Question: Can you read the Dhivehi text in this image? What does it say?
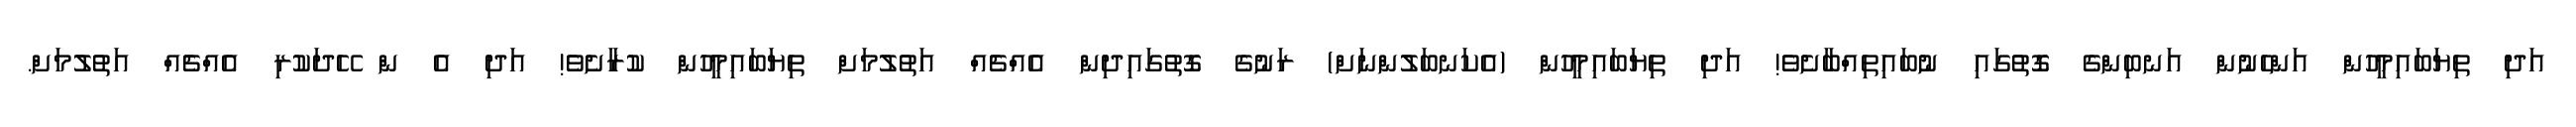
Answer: އަދި ތިޔަބައިމީހުން އަންހެނުން އަނބިންގެ ގޮތުގައި ނުބައިތިއްބާށެވެ! އަދި ތިޔަބައިމީހުން (އެކަނބަލުންނަށް) ރަނުގެ ގޮތުގައިދިން އެއްޗެއް އަތުލުމަށް ތިޔަބައިމީހުން ކުރާށެވެ! އަދި އެ ން ހޭދަކުރި އެއްޗެއް އަތުލުމަށް.